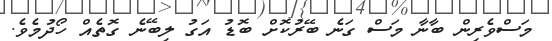
މަސްވެރިން ބާނާ މަސް ގަނެ ބޭރުކޮށް ބޮޑު އަގު ލިބޭނެ ގޮތެއް ހޯދުމެވެ.